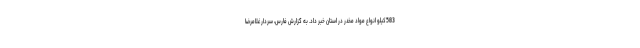
583کیلو انواع مواد مخدر در استان خبر داد. به گزارش فارس، سردار غلامرضا